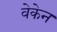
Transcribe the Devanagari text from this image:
वेकेन